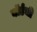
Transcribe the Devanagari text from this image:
वॉर्डची